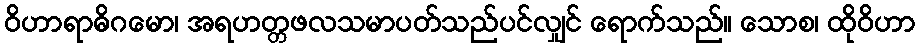
ဝိဟာရာဓိဂမော၊ အရဟတ္တဖလသမာပတ်သည်ပင်လျှင် ရောက်သည်။ သောစ၊ ထိုဝိဟာ